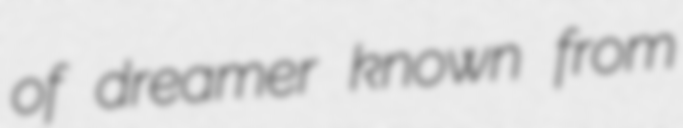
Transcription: of dreamer known from